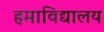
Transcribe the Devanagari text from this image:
हमाविद्यालय